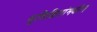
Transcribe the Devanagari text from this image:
सुशिक्षितांमधील